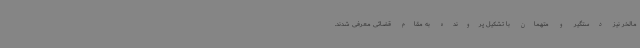
مالخر نیز دستگیر و متهمان با تشکیل پرونده به مقام قضائی معرفی شدند.